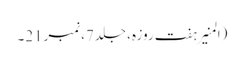
(المنیر ہفت روزہ، جلد7،نمبر21۔